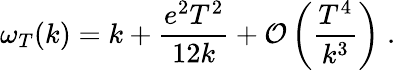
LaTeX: \omega_{T}(k)=k+\frac{e^{2}T^{2}}{12k}+{\cal O}\left(\frac{T^{4}}{k^{3}}\right)\; .